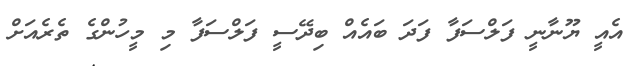
އެއީ ޔޫނާނީ ފަލްސަފާ ފަދަ ބައެއް ބިދޭސީ ފަލްސަފާ މި މީހުންގެ ތެރެއަށް